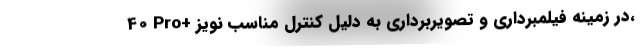
40 Pro+ در زمینه فیلمبرداری و تصویربرداری به دلیل کنترل مناسب نویز،